65_HS1-834228961_62-HQ-83894_Section_9
Agency: FBI
Page 289
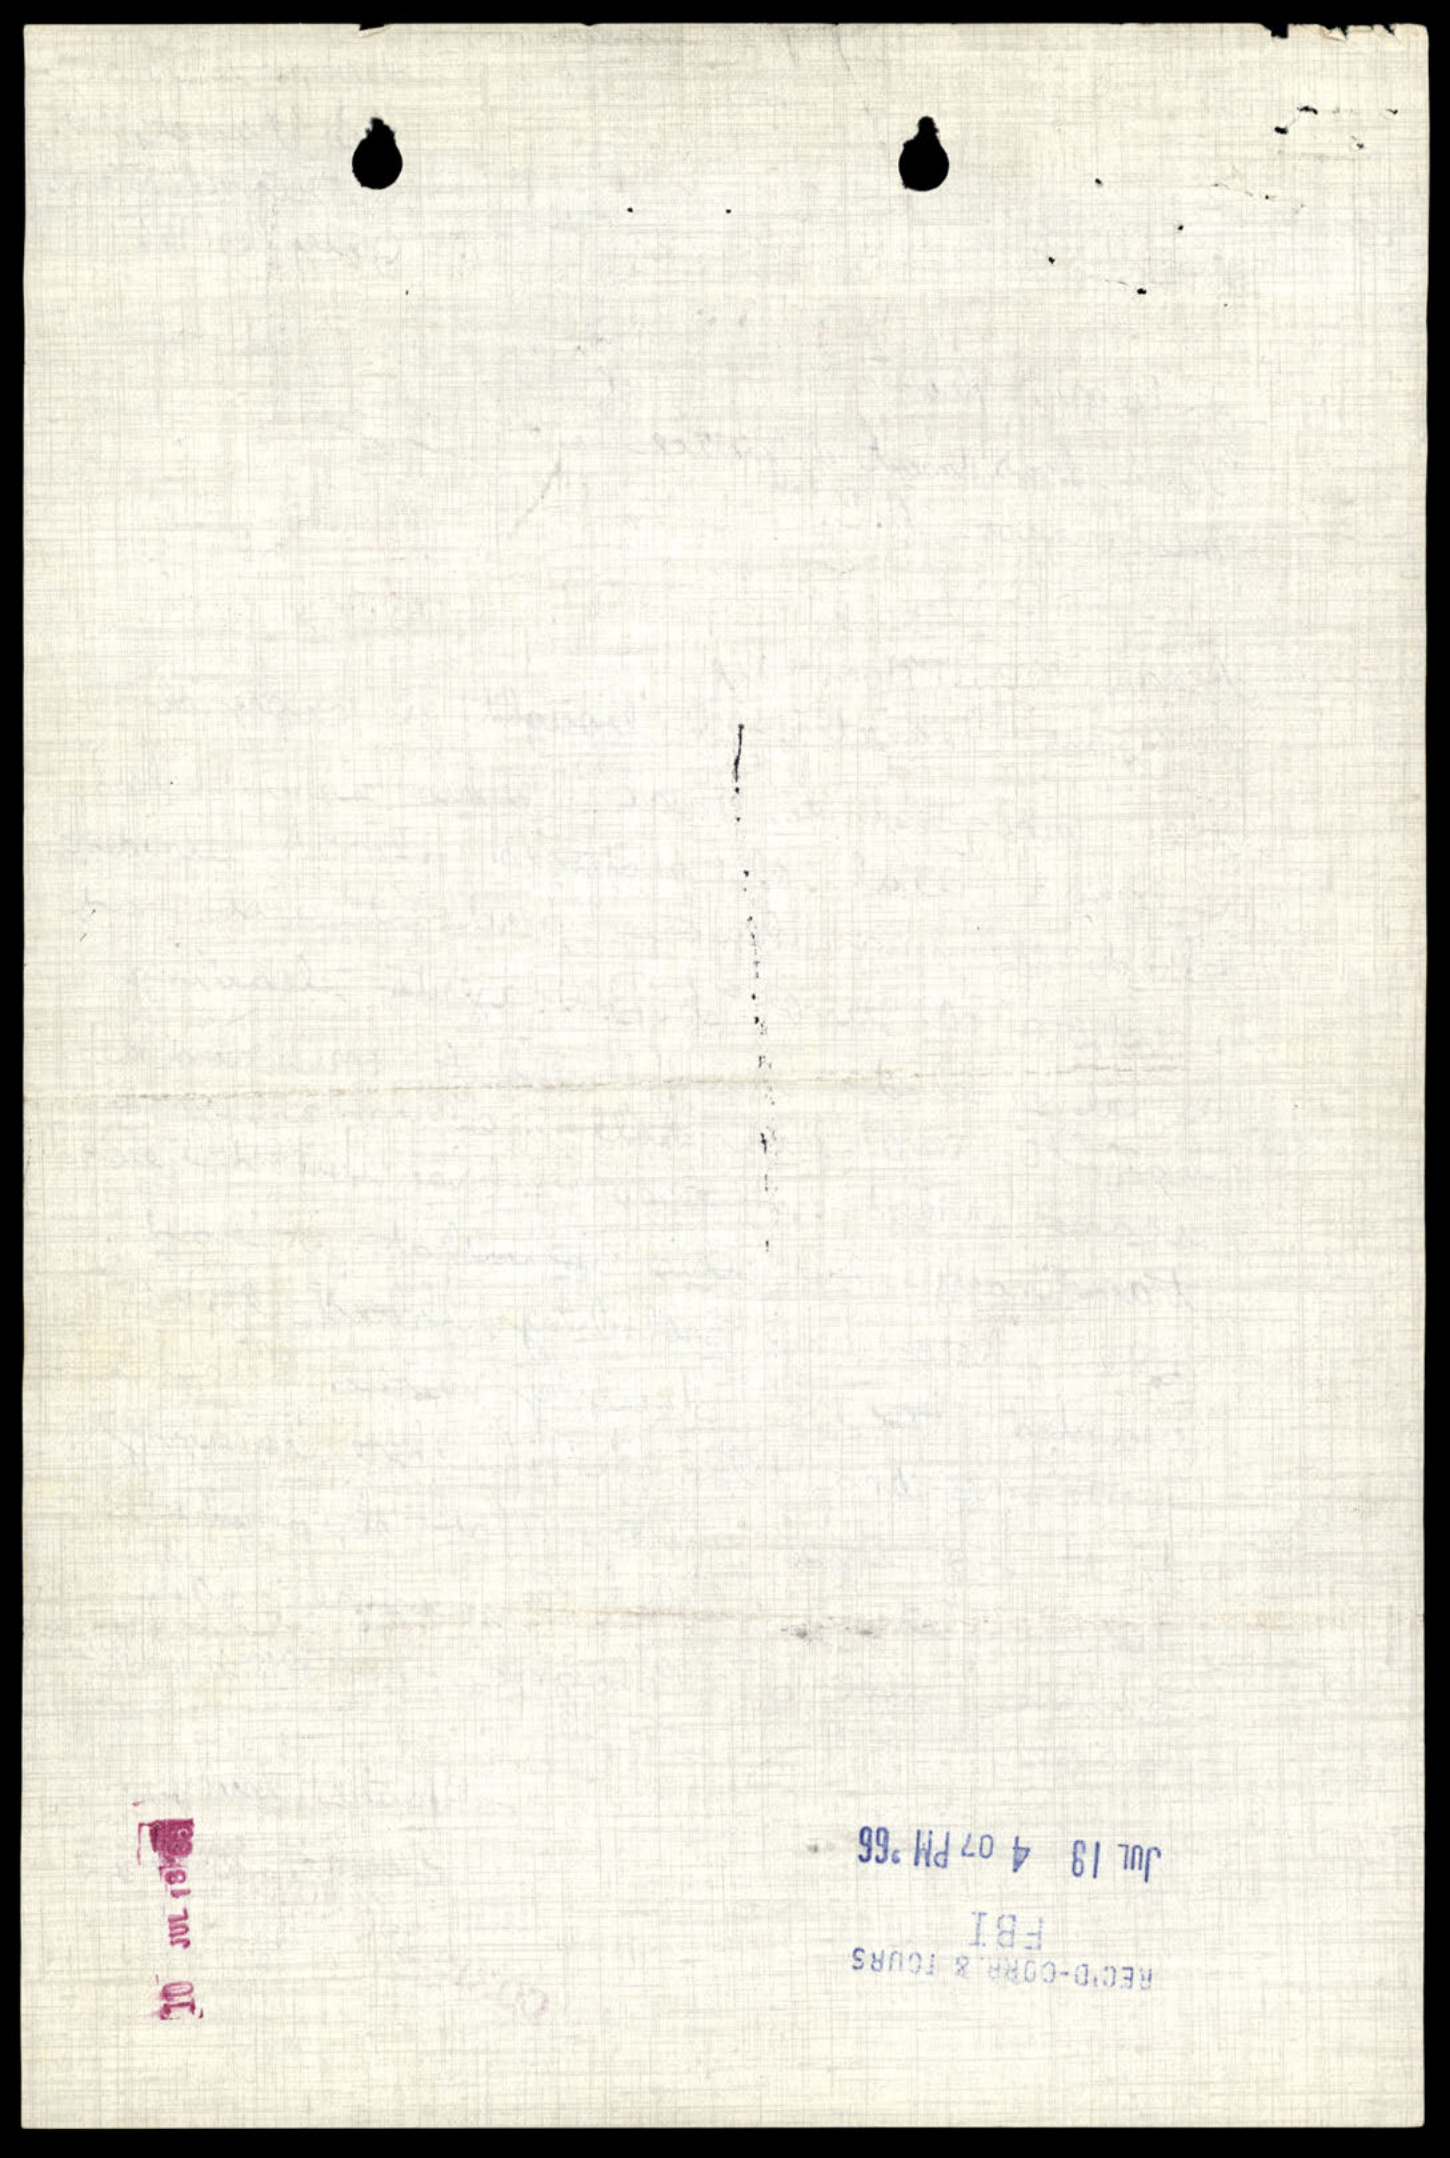